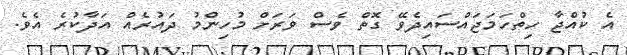
އެ ކުއްޖާ ހިތްހަމަޖައްސައިދެވޭ ގޮތް ވެސް ވަރަށް މުހިންމު ދައުރެއް އަދާކުރެ އެވެ.